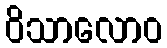
ဝိသာလောဝ